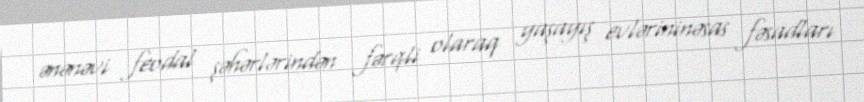
ənənəvi feodal şəhərlərindən fərqli olaraq yaşayış evlərininəsas fəsadları